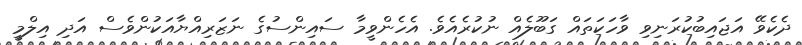
ދެކެވޭ އަޖައިބުކުރަނިވި ވާހަކަތައް ގަބޫލެއް ނުކުރެއެވެ. އެހެންވީމާ ސައިންސުގެ ނަޒަރިއްޔާއަކުންވެސް އަދި އިލްމީ